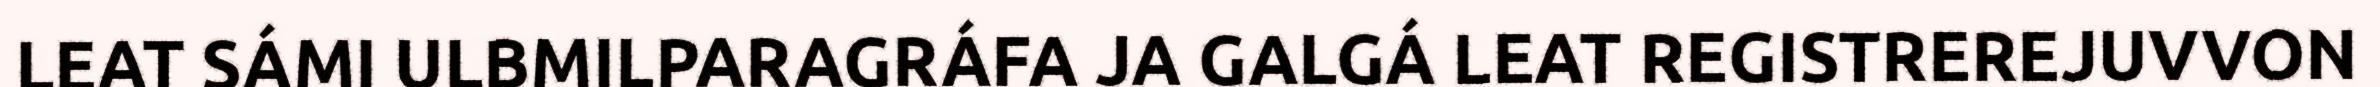
LEAT SÁMI ULBMILPARAGRÁFA JA GALGÁ LEAT REGISTREREJUVVON